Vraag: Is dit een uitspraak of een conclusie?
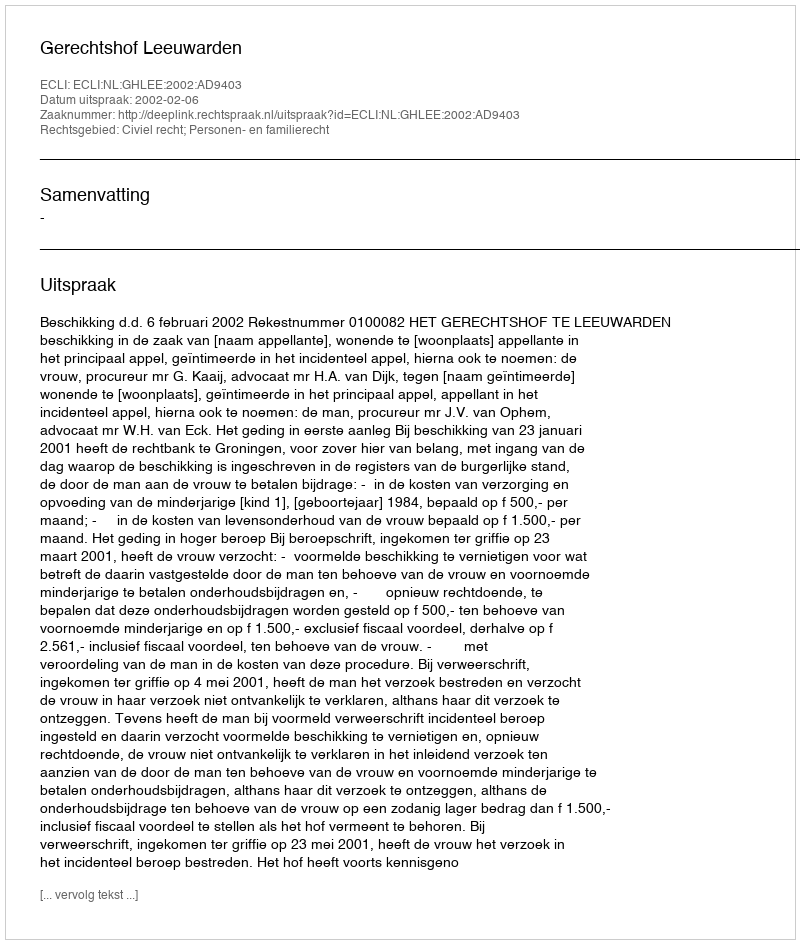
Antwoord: Uitspraak